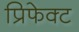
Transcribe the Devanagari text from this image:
प्रिफेक्ट